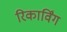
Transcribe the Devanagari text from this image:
रिकार्विंग